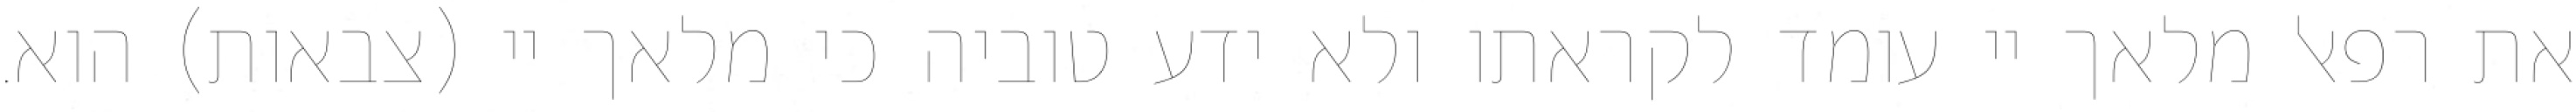
את רפאל מלאך יי עומד לקראתו ולא ידע טוביה כי מלאך יי (צבאות) הוא.